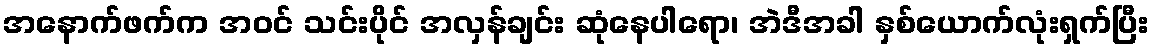
အနောက်ဖက်က အဝင် သင်းပိုင် အလှန်ချင်း ဆုံနေပါရော၊ အဲဒီအခါ နှစ်ယောက်လုံးရှက်ပြီး